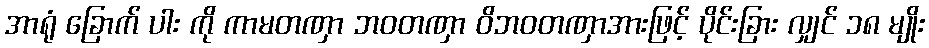
အာရုံ ခြောက် ပါး ကို ကာမတဏှာ ဘဝတဏှာ ဝိဘဝတဏှာအားဖြင့် ပိုင်းခြား လျှင် ၁၈ မျိုး